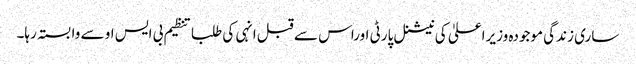
ساری زندگی موجودہ وزیراعلیٰ کی نیشنل پارٹی اوراس سے قبل انہی کی طلبا تنظیم بی ایس او سے وابستہ رہا۔